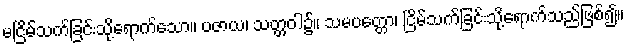
မငြိမ်သက်ခြင်းသို့ရောက်သော။ ပဇာယ၊ သတ္တဝါ၌။ သမပတ္တော၊ ငြိမ်သက်ခြင်းသို့ရောက်သည်ဖြစ်၍။